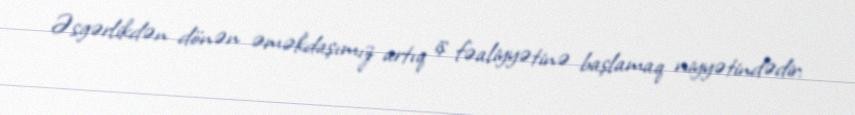
Əsgərlikdən dönən əməkdaşımız artıq iş fəaliyyətinə başlamaq niyyətindədir: